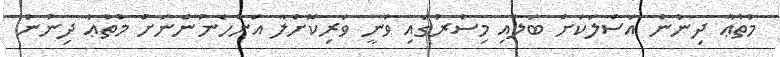
މުތުޢާ ދިނުން އަސްލަކަށް ބަލައި މިސްރުގައި ވަނީ ވަރިކޮށްލާ އަންހެނުންނަށް މުތުޢާ ދިނުން